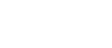
ဖြစ်ပါသည်။